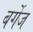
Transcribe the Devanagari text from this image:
बर्गेज